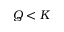
Q < K